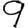
Digit: 9